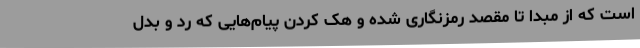
است که از مبدا تا مقصد رمزنگاری شده و هک کردن پیام‌هایی که رد و بدل